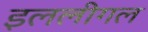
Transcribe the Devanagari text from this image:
इललीगल